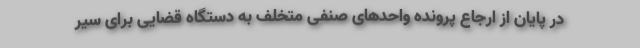
در پایان از ارجاع پرونده واحدهای صنفی متخلف به دستگاه قضایی برای سیر